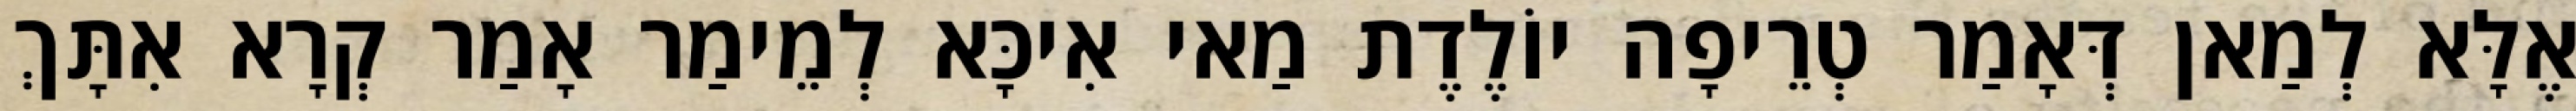
אֶלָּא לְמַאן דְּאָמַר טְרֵיפָה יוֹלֶדֶת מַאי אִיכָּא לְמֵימַר אָמַר קְרָא אִתָּךְ